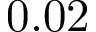
0 . 0 2